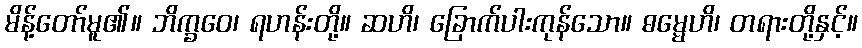
မိန့်တော်မူ၏။ ဘိက္ခဝေ၊ ရဟန်းတို့။ ဆဟိ၊ ခြောက်ပါးကုန်သော။ ဓမ္မေဟိ၊ တရားတို့နှင့်။